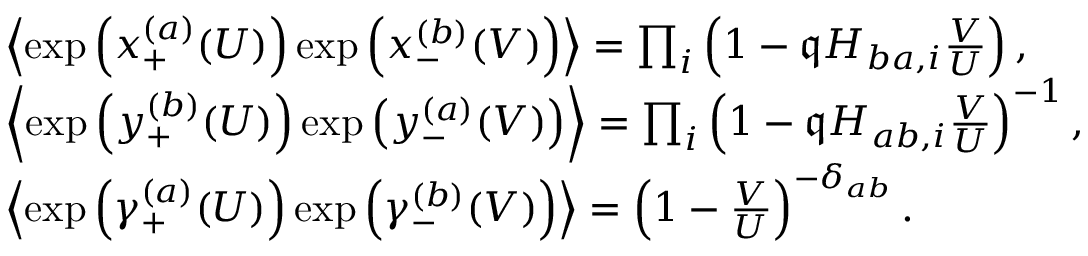
\begin{array} { r l } & { \left\langle \exp \left( x _ { + } ^ { ( a ) } ( U ) \right) \exp \left( x _ { - } ^ { ( b ) } ( V ) \right) \right\rangle = \prod _ { i } \left( 1 - \mathfrak { q } H _ { b a , i } \frac { V } { U } \right) , } \\ & { \left\langle \exp \left( y _ { + } ^ { ( b ) } ( U ) \right) \exp \left( y _ { - } ^ { ( a ) } ( V ) \right) \right\rangle = \prod _ { i } \left( 1 - \mathfrak { q } H _ { a b , i } \frac { V } { U } \right) ^ { - 1 } , } \\ & { \left\langle \exp \left( \gamma _ { + } ^ { ( a ) } ( U ) \right) \exp \left( \gamma _ { - } ^ { ( b ) } ( V ) \right) \right\rangle = \left( 1 - \frac { V } { U } \right) ^ { - \delta _ { a b } } . } \end{array}